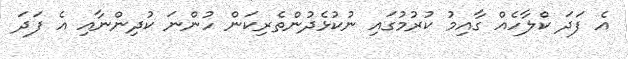
އެ ފަދަ ކްލާހެއް ގާއިމު ކުރުމުގައި ނުކުޅެދުންތެރިކަން ހުންނަ ކުދިންނާއި އެ ފަދަ